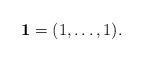
LaTeX: \begin{align*}\mathbf{1}=(1,\ldots,1).\end{align*}